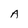
Character: A